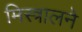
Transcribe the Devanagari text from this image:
मिस्त्रालने